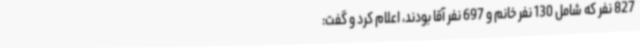
827 نفر که شامل 130 نفر خانم و 697 نفر آقا بودند، اعلام کرد و گفت: